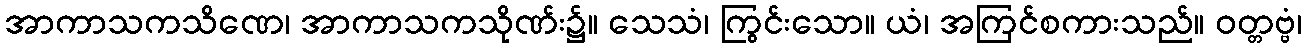
အာကာသကသိဏေ၊ အာကာသကသိုဏ်း၌။ သေသံ၊ ကြွင်းသော။ ယံ၊ အကြင်စကားသည်။ ဝတ္တဗ္ဗံ၊